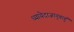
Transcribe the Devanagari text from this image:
ध्यायेदाजानुबाहुं